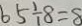
6 5 \div 8 = 8